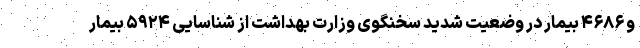
و ۴۶۸۶ بیمار در وضعیت شدید سخنگوی وزارت بهداشت از شناسایی ۵۹۲۴ بیمار